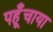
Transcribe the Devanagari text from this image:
पहूँचाया